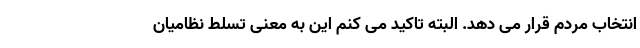
انتخاب مردم قرار می دهد. البته تاکید می کنم این به معنی تسلط نظامیان